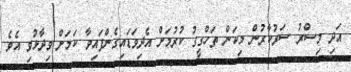
އަދި މިސްރު ސަރުކާރުން މިކަން ތަހްގީގު ކުރުމަށް އެދިވަޑައިގެންފައިވާ ކަމަށް ވިދާޅުވި އެވެ.